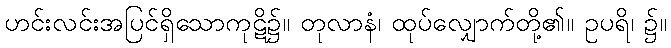
ဟင်းလင်းအပြင်ရှိသောကုဋိ၌။ တုလာနံ၊ ထုပ်လျှောက်တို့၏။ ဥပရိ၊ ၌။